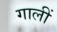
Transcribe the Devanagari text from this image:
गालीं